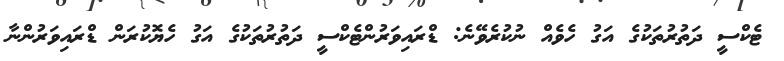
ޓެކްސީ ދަތުރުތަކުގެ އަގު ހެވެއް ނުކުރެވޭނެ: ޑްރައިވަރުންޓެކްސީ ދަތުރުތަކުގެ އަގު ހެޔޮކުރަން ޑްރައިވަރުންނާ